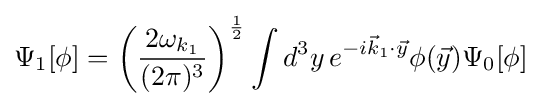
\Psi _{1}[\phi ]=\left({\frac {2\omega _{k_{1}}}{(2\pi )^{3}}}\right)^{\frac {1}{2}}\int d^{3}y\,e^{-i{\vec {k}}_{1}\cdot {\vec {y}}}\phi ({\vec {y}})\Psi _{0}[\phi ]